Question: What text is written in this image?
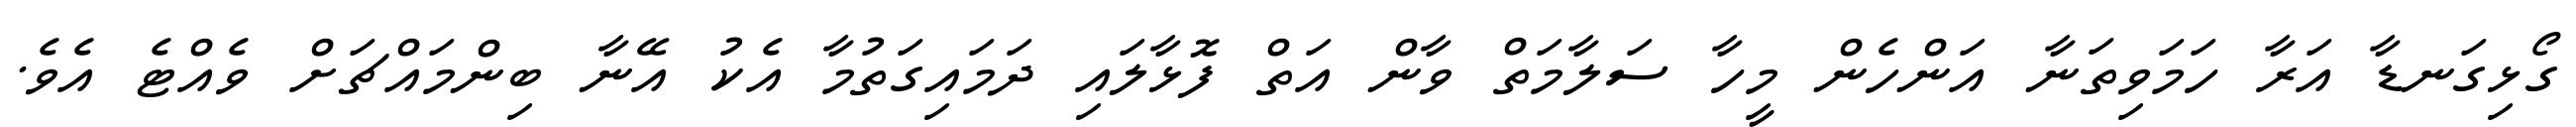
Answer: ގޯޅިގަނޑާ އަރާ ހަމަވިތަނާ އަންހެން މީހާ ސަލާމަތް ވާން އަތް ފޮޅާލައި ދަމައިގަތުމާ އެކު އޭނާ ބިންމައްޗަށް ވެއްޓެ އެވެ.